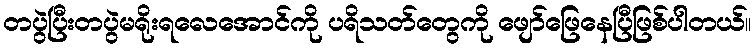
တပွဲပြီးတပွဲမရိုးရလေအောင်ကို ပရိသတ်တွေကို ဖျော်ဖြေနေပြီဖြစ်ပါတယ်။